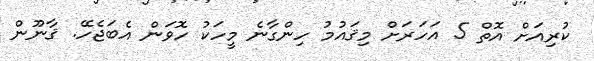
ކުރިއަށް އޮތް 5 އަހަރަށް މިޤައުމު ހިންގާނެ މީހަކު ހޮވަން އެބަޖެހޭ. ޤާނޫން